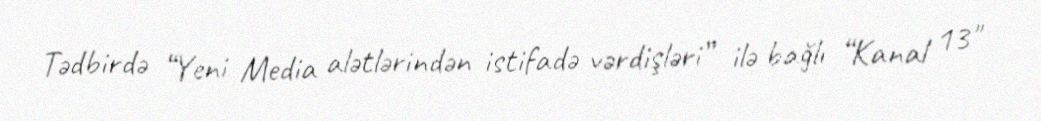
Tədbirdə “Yeni Media alətlərindən istifadə vərdişləri” ilə bağlı “Kanal 13"